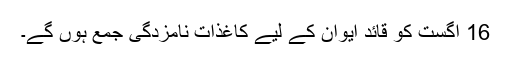
16 اگست کو قائدِ ایوان کے لیے کاغذاتِ نامزدگی جمع ہوں گے۔